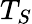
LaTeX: T_{S}